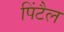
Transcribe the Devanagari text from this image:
पिंटैल